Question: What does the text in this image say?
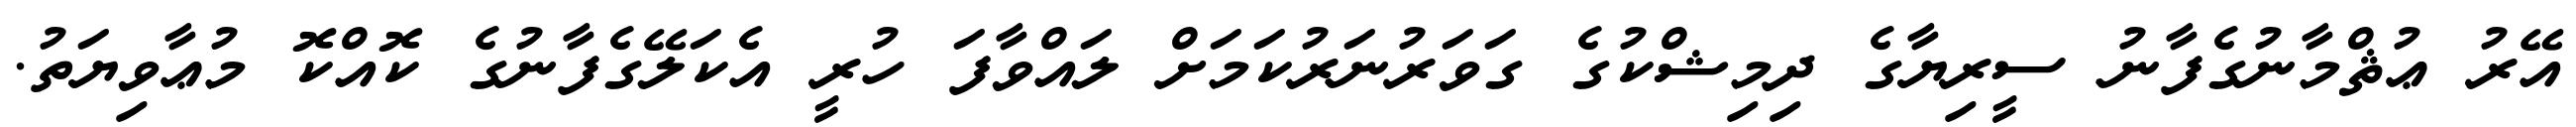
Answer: އޭރު ޢުޘްމާނުގެފާނު ސީރިޔާގެ ދިމިޝްކުގެ ގަވަރުނަރުކަމަށް ލައްވާފަ ހުރީ އެކަލޭގެފާނުގެ ކޮއްކޮ މުޢާވިޔަތު.